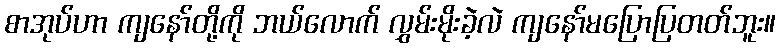
စာအုပ်ဟာ ကျနော်တို့ကို ဘယ်လောက် လွှမ်းမိုးခဲ့လဲ ကျနော်မပြောပြတတ်ဘူး။